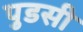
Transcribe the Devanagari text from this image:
पुडसी